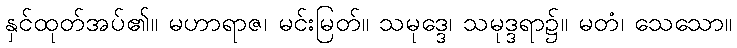
နှင်ထုတ်အပ်၏။ မဟာရာဇ၊ မင်းမြတ်။ သမုဒ္ဒေ၊ သမုဒ္ဒရာ၌။ မတံ၊ သေသော။